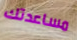
مساعدتك